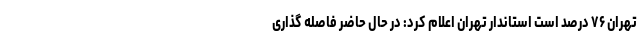
تهران ۷۶ درصد است استاندار تهران اعلام کرد: در حال حاضر فاصله گذاری